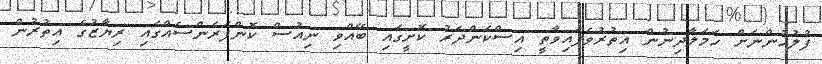
ފުލުހުންނަށް ހަމަލާދިނުން އިތުރުވެފައިވާތީ އިސްކަންދަރު ކޮށީގައި ބޭއްވި ނިއުސް ކޮންފަރެންސެއްގައި ރިޔާޒުގެ އިތުރުން